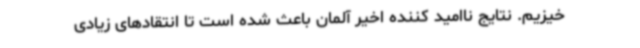
خیزیم. نتایج ناامید کننده اخیر آلمان باعث شده است تا انتقادهای زیادی